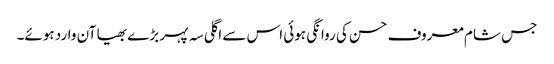
جس شام معروف حسن کی روانگی ہوئی اس سے اگلی سہ پہر بڑے بھیا آن وارد ہوئے۔